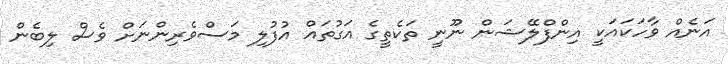
އަނެއް ވާހަކައަކީ އިންފްލޭޝަން ނޫނީ ތަކެތީގެ އަގުތައް އުފުލި މަސްވެރިންނަށް ވެސް ލިބެން